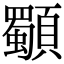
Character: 䫳